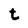
Character: t